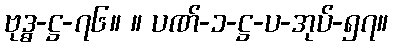
ဗုဒ္ဓ-ဋ္ဌ-၇၆။ ။ ပဏ်-၁-ဋ္ဌ-ပ-အုပ်-၅၇။